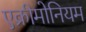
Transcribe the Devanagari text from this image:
एक्रीमोनियम